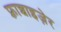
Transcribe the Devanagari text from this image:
फ़्रान्चाइज़ेर